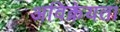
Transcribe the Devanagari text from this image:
अविक्रेयता